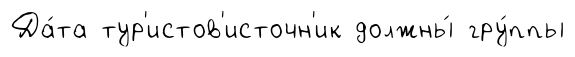
Да́та тур'истов'источн'ик должны́ гру́ппы